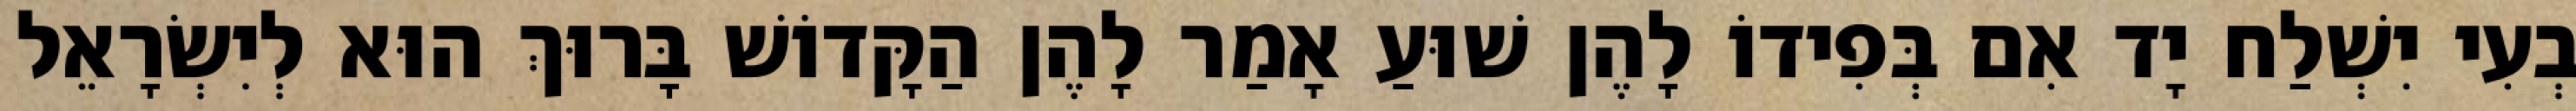
בְעִי יִשְׁלַח יָד אִם בְּפִידוֹ לָהֶן שׁוּעַ אָמַר לָהֶן הַקָּדוֹשׁ בָּרוּךְ הוּא לְיִשְׂרָאֵל